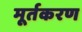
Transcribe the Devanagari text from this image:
मूर्तकरण